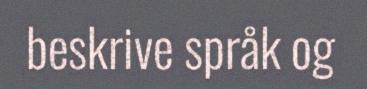
beskrive språk og